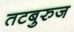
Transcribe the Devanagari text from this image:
तटबुरुज